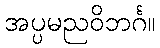
အပ္ပမညဝိဘင်္ဂ။